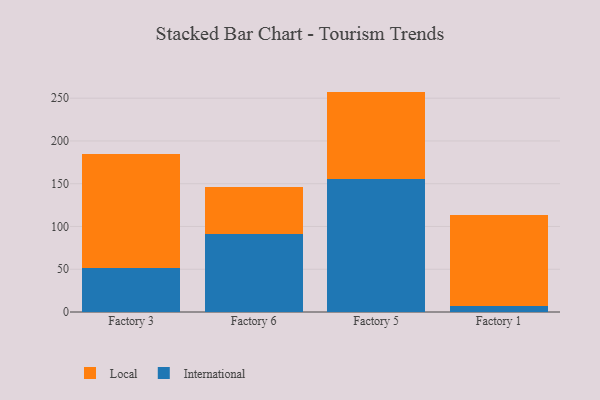
{"axis": {"x": "Factory", "y": "Website Visitors"}, "legend": ["International", "Local"], "data": [{"x": "Factory 3", "y": 51.0, "type": "International"}, {"x": "Factory 3", "y": 134.3, "type": "Local"}, {"x": "Factory 6", "y": 91.6, "type": "International"}, {"x": "Factory 6", "y": 54.2, "type": "Local"}, {"x": "Factory 5", "y": 155.4, "type": "International"}, {"x": "Factory 5", "y": 102.3, "type": "Local"}, {"x": "Factory 1", "y": 7.2, "type": "International"}, {"x": "Factory 1", "y": 106.4, "type": "Local"}]}